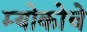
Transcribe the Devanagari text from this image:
म्योकोचे